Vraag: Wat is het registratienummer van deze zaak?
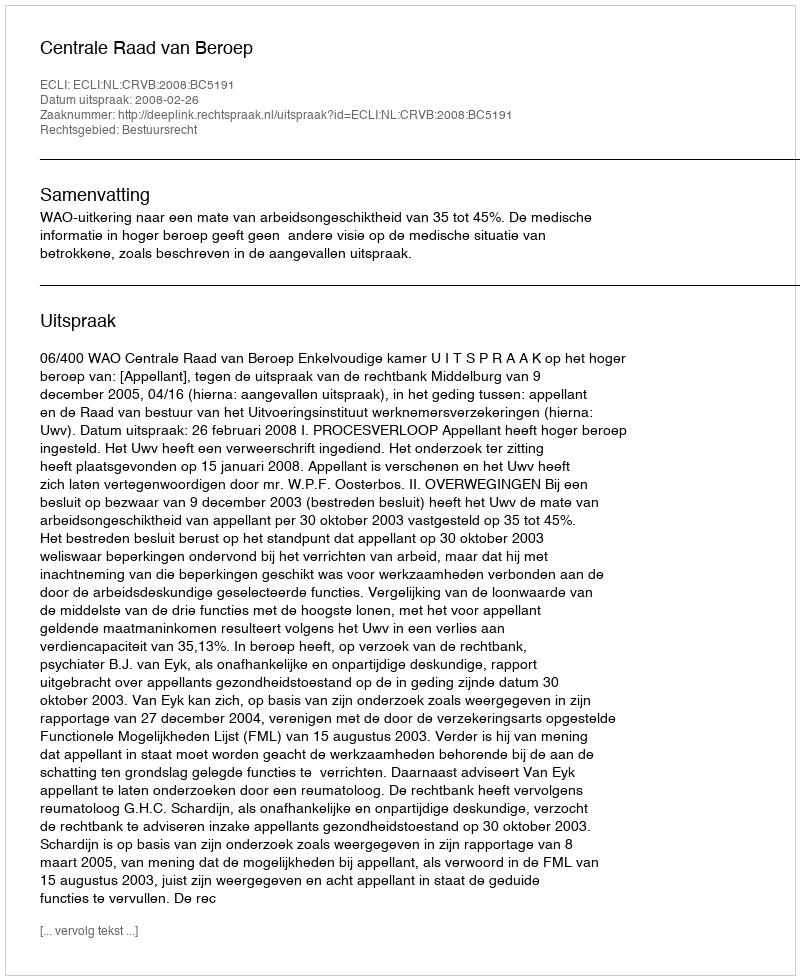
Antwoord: http://deeplink.rechtspraak.nl/uitspraak?id=ECLI:NL:CRVB:2008:BC5191